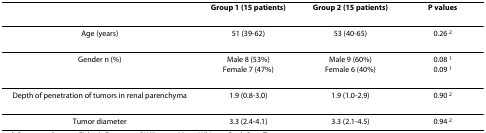
|  | Group 1 (15 patients) | Group 2 (15 patients) | P values |
 | --- | --- | --- | --- |
 | Age (years) | 51 (39-62) | 53 (40-65) | 0.26 2 |
 | Gender n (%) | Male 8 (53%)Female 7 (47%) | Male 9 (60%)Female 6 (40%) | 0.08 10.09 1 |
 | Depth of penetration of tumors in renal parenchyma | 1.9 (0.8-3.0) | 1.9 (1.0-2.9) | 0.90 2 |
 | Tumor diameter | 3.3 (2.4-4.1) | 3.3 (2.1-4.5) | 0.94 2 |